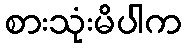
စားသုံးမိပါက